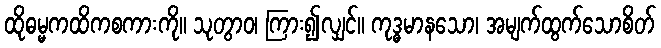
ထိုဓမ္မကထိကစကားကို။ သုတွာဝ၊ ကြား၍လျှင်။ ကုဒ္ဓမာနသော၊ အမျက်ထွက်သောစိတ်